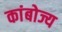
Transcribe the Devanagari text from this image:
कांबोज्य